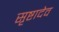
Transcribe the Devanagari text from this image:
सृष्टादेव